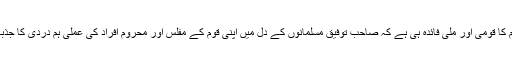
ماہ صیام کا قومی اور ملی فائدہ ہی ہے کہ صاحب توفیق مسلمانوں کے دل میں اپنی قوم کے مفلس اور محروم افراد کی عملی ہم دردی کا جذبہ پیدا ہو۔